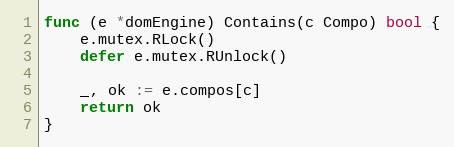
Language: Go
func (e *domEngine) Contains(c Compo) bool {
	e.mutex.RLock()
	defer e.mutex.RUnlock()

	_, ok := e.compos[c]
	return ok
}